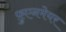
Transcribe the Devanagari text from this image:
फ़ुएनमेयर